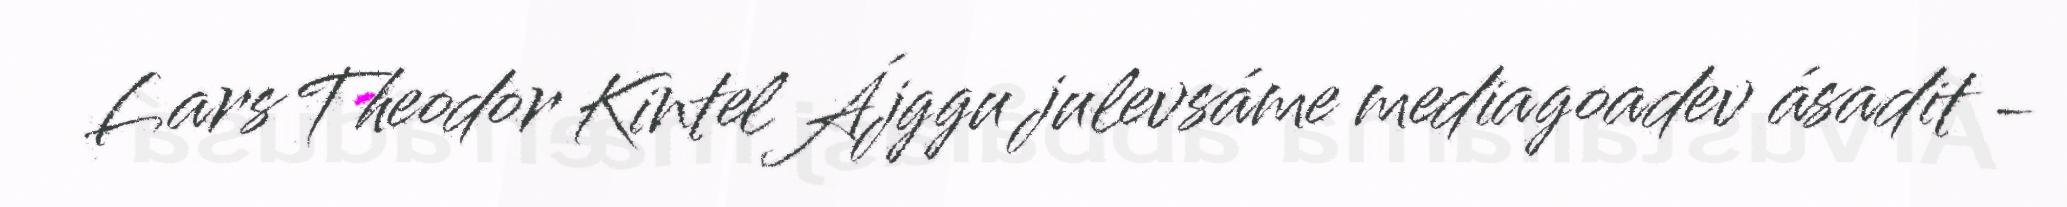
Lars Theodor Kintel Ájggu julevsáme mediagoadev ásadit -